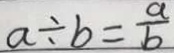
a \div b = \frac { a } { b }